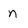
Character: n